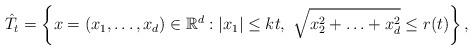
LaTeX: \begin{align*} \hat{T}_t=\left\{x=(x_1,\ldots, x_d)\in \mathbb{R}^d:|x_1|\leq kt,\ \sqrt{x_2^2+\ldots+x_d^2}\leq r(t)\right\}, \end{align*}